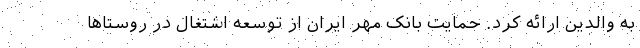
به والدین ارائه کرد. حمایت بانک مهر ایران از توسعه اشتغال در روستاها